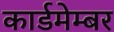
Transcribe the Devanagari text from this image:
कार्डमेम्बर